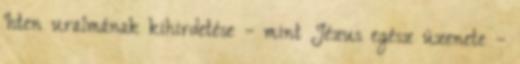
Isten uralmának kihirdetése – mint Jézus egész üzenete –